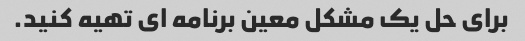
برای حل یک مشکل معین برنامه ای تهیه کنید.